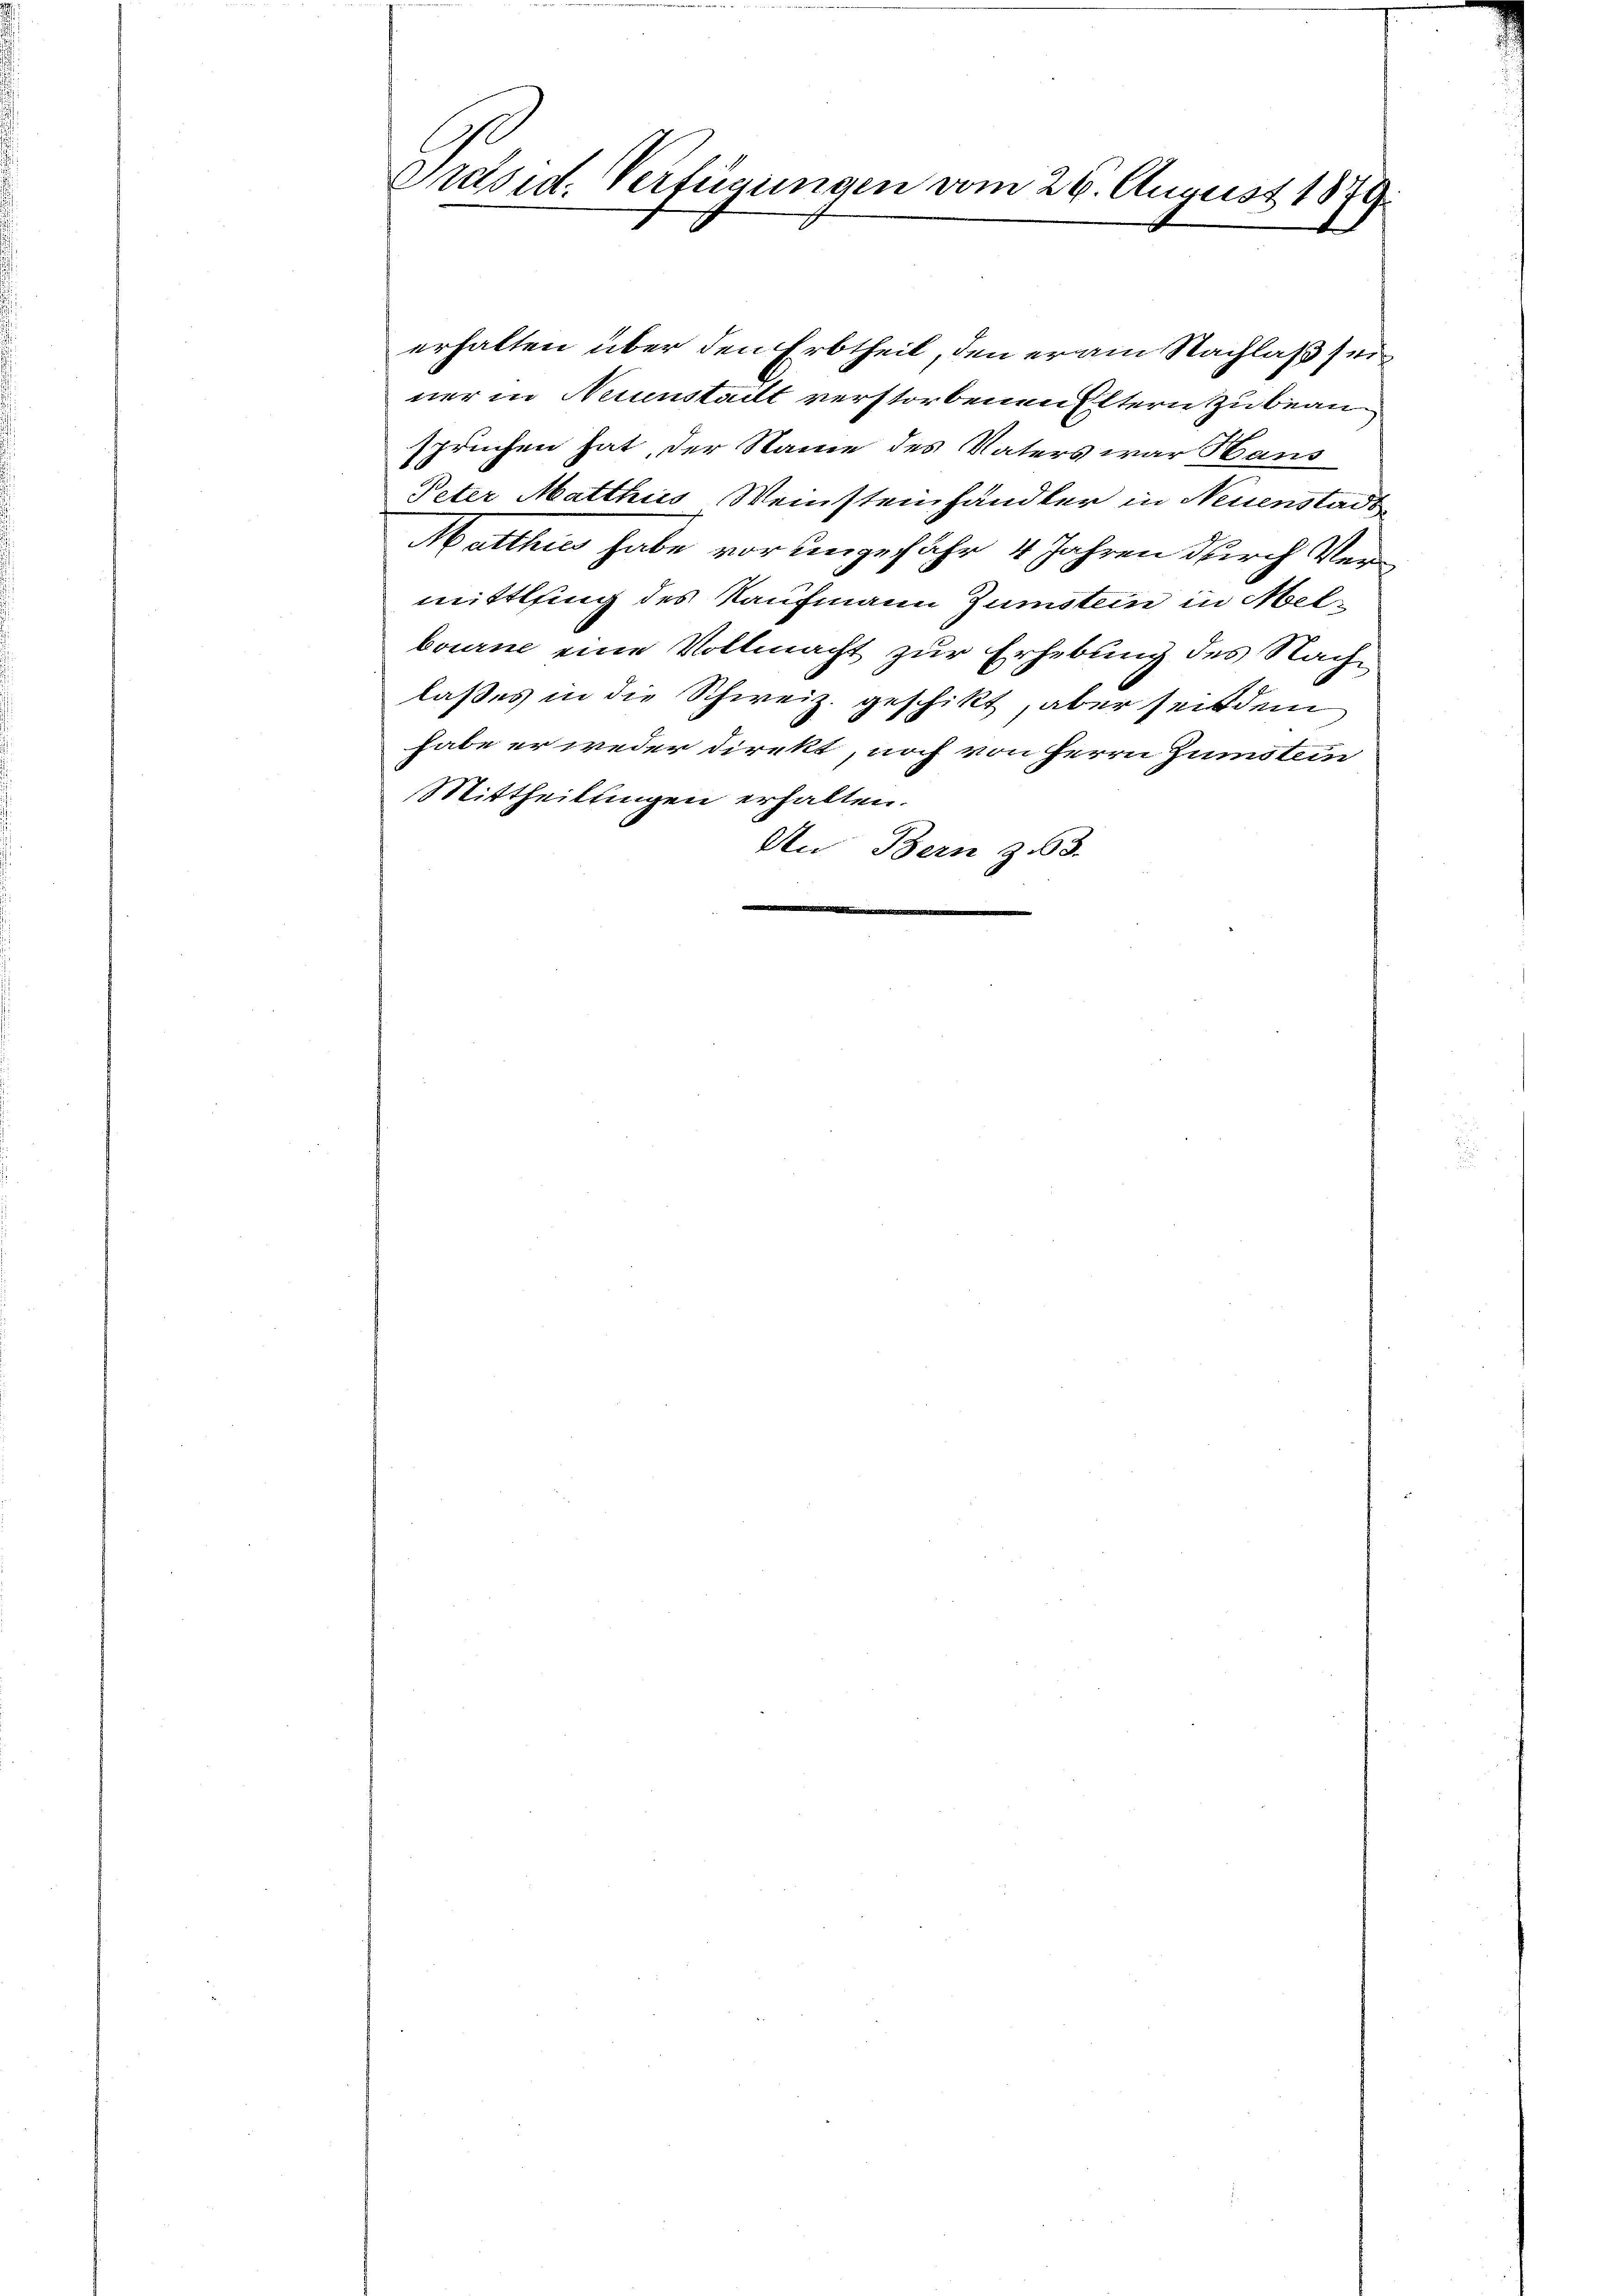
Präsid. Verfügungen vom 26. August 1879.

erhalten über den Erbtheil, den er am Nachlaß seiner in Neiunstalt verstorbenen Eltern zu beanspruchen hat, der Name des Vaters war Hans
Peter Matthias Weinsteinhändler in Neuenstadt
Matthin habe vor ungefähr 4 Jahren durch Vermittling des Kaufmann Zumstein in Melbourne eine Vollmacht zur Erhebung des Nachlaßes in die Schweiz. geschikt, aber seitdem
habe er weder direkt, noch von Herrn Junstein
Mittheilungen erhalten.
An Bern z. 63.